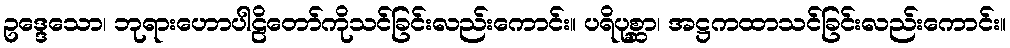
ဥဒ္ဒေသော၊ ဘုရားဟောပါဠိတော်ကိုသင်ခြင်းလည်းကောင်း။ ပရိပုစ္ဆာ၊ အဋ္ဌကထာသင်ခြင်းလည်းကောင်း။